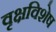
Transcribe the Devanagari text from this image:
वृक्षविशेष